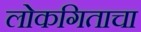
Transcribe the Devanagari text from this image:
लोकगिताचा